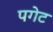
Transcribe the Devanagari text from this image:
पगेट